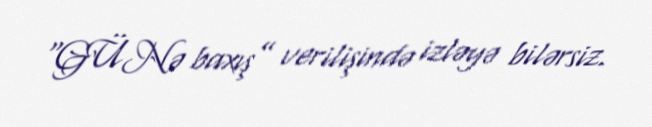
“GÜNə baxış” verilişində izləyə bilərsiz.